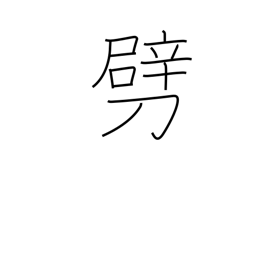
Meaning: break